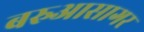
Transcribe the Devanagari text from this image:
बरुआसागर